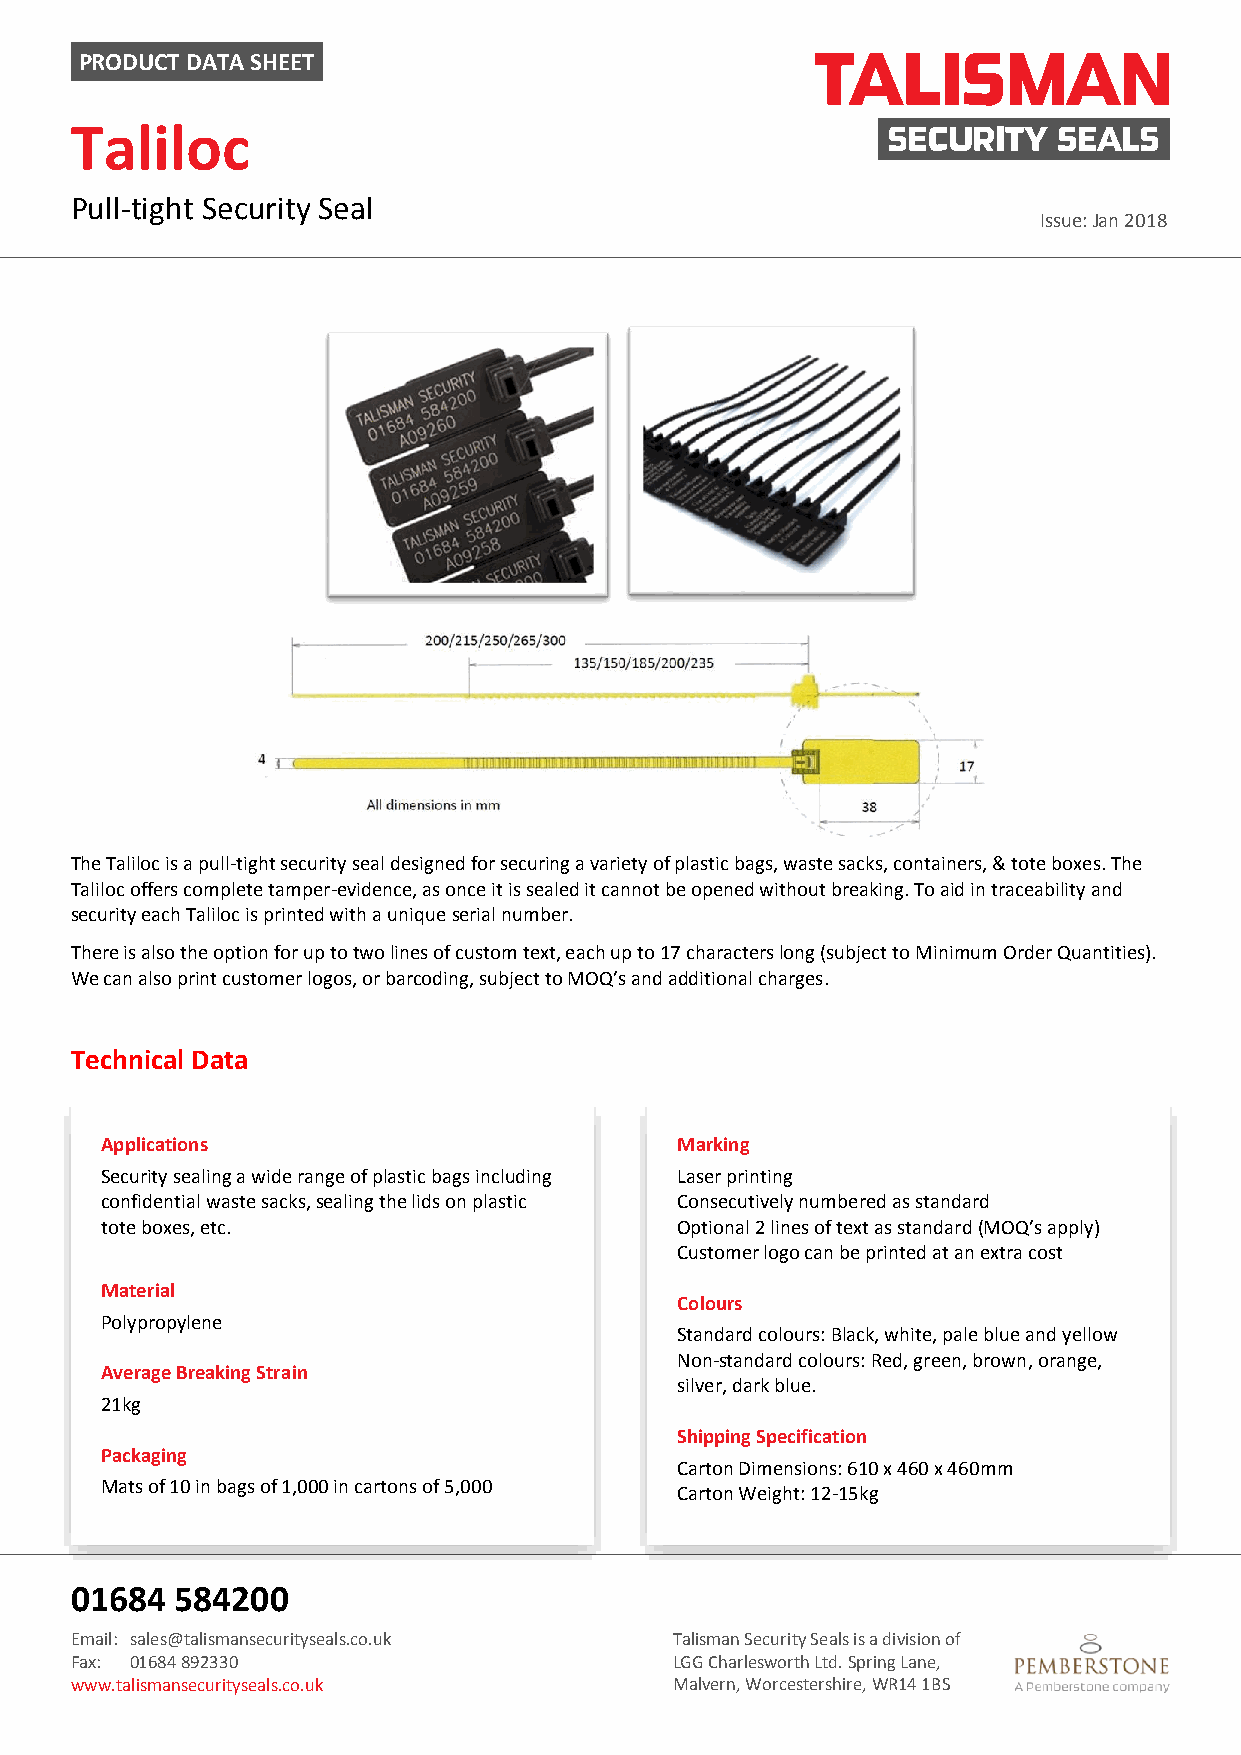
PRODUCT DATA SHEET
 Taliloc
 Pull-tight Security Seal
 Issue: Jan 2018
 The Taliloc is a pull-tight security seal designed for securing a variety of plastic bags, waste sacks, containers, & tote boxes. The
 Taliloc offers complete tamper-evidence, as once it is sealed it cannot be opened without breaking. To aid in traceability and
 security each Taliloc is printed with a unique serial number.
 There is also the option for up to two lines of custom text, each up to 17 characters long (subject to Minimum Order Quantities).
 We can also print customer logos, or barcoding, subject to MOQ’s and additional charges.
 Technical Data
 Applications                          Marking
 Security sealing a wide range of plastic bags including Laser printing
 confidential waste sacks, sealing the lids on plastic Consecutively numbered as standard
 tote boxes, etc.                      Optional 2 lines of text as standard (MOQ’s apply)
 Customer logo can be printed at an extra cost
 Material
 Colours
 Polypropylene
 Standard colours: Black, white, pale blue and yellow
 Non-standard colours: Red, green, brown, orange,
 Average Breaking Strain
 silver, dark blue.
 21kg
 Shipping Specification
 Packaging
 Carton Dimensions: 610 x 460 x 460mm
 Mats of 10 in bags of 1,000 in cartons of 5,000
 Carton Weight: 12-15kg
 01684  584200
 Email: sales@talismansecurityseals.co.uk Talisman Security Seals is a division of
 Fax: 01684 892330                       LGG Charlesworth Ltd. Spring Lane,
 www.talismansecurityseals.co.uk         Malvern, Worcestershire, WR14 1BS